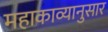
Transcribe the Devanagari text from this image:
महाकाव्यानुसार